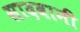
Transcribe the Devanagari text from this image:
सादवानी